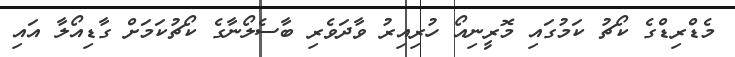
މެޑްރިޑްގެ ކޯޗު ކަމުގައި މޮރީނިއޯ ހުރިއިރު ވާދަވެރި ބާސެލޯނާގެ ކޯޗުކަމަށް ގާޑިއޯލާ އައި